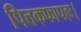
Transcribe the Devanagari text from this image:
पित्तकफापहः।